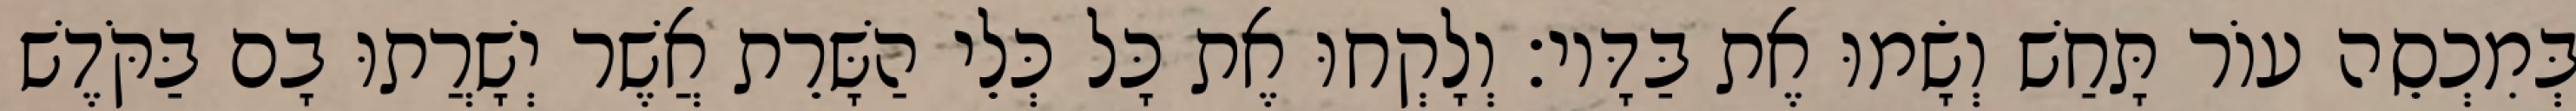
בְּמִכְסֵה עוֹר תָּחַשׁ וְשָׂמוּ אֶת בַּדָּיו׃ וְלָקְחוּ אֶת כָּל כְּלֵי הַשָּׁרֵת אֲשֶׁר יְשָׁרֲתוּ בָם בַּקֹּדֶשׁ